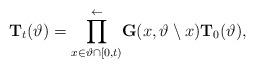
LaTeX: \begin{align*}\mathbf{T}_t(\vartheta)=\overset{\leftarrow}{\underset{x\in\vartheta\cap[0,t)}{\prod}} \mathbf{G}(x,\vartheta\setminus x)\mathbf{T}_0(\vartheta),\end{align*}